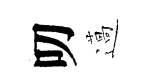
叨薖